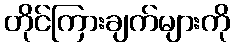
တိုင်ကြားချက်များကို